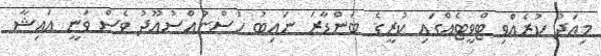
މިއަދު ކުރެއްވި ޓްވީޓެއްގައި ކުރީގެ ބަންޑާރަ ނައިބު ހުސްނުއްސުއޫދު ވެސް ވަނީ އައިޝާ